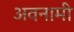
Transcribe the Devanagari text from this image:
अवनामी